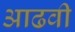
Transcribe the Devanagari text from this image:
आढवी